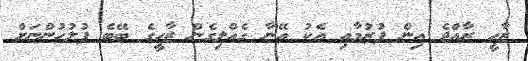
ޒާހީ ރާއްޖެ އިން ފުރުމާއި އެކު އޭނާ ގެއްލިގެން ޒާހީގެ ބޭބެ ފުލުހުންނަށް